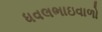
ધવલભાઇવાળો